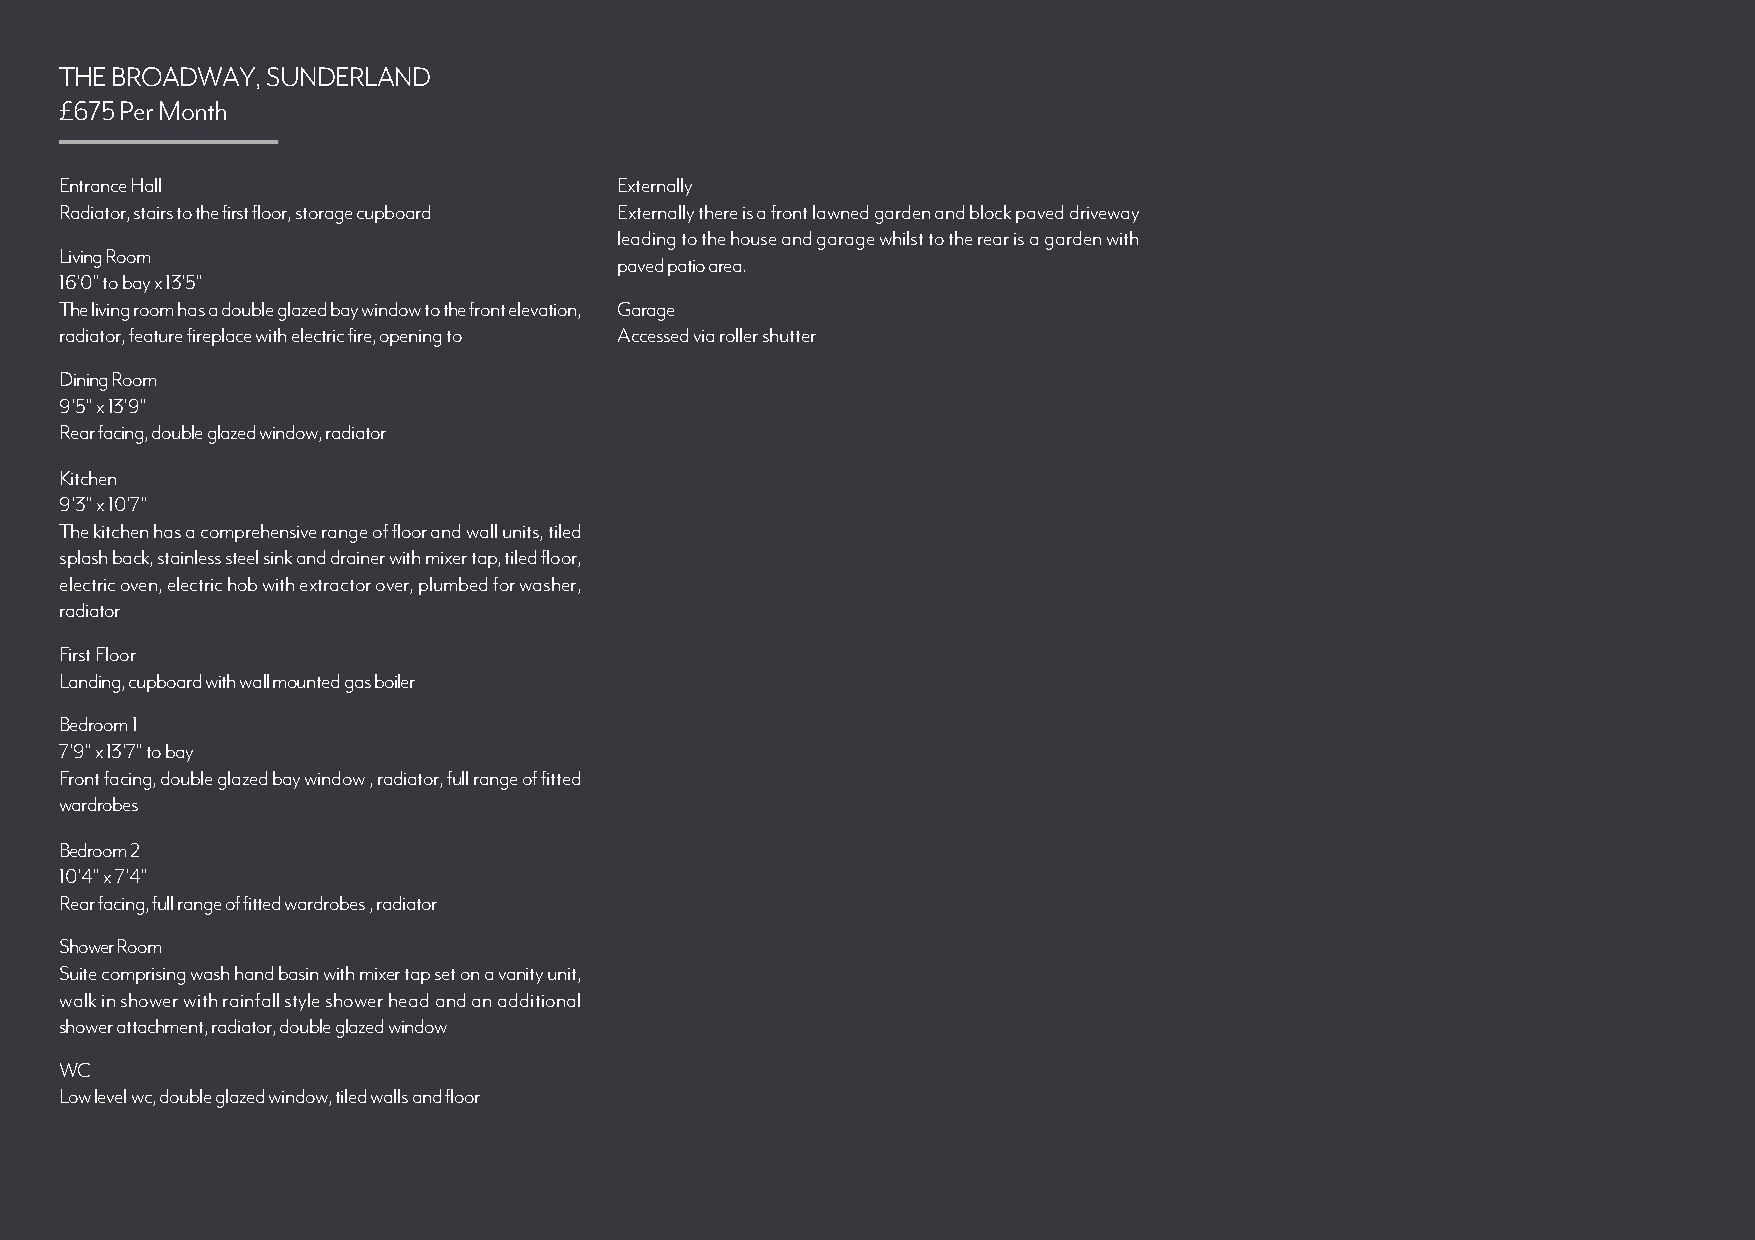
THE BROADWAY, SUNDERLAND
 £675 Per Month
 Entrance Hall                        Externally
 Radiator, stairs to the first floor, storage cupboard Externally there is a front lawned garden and block paved driveway
 leading to the house and garage whilst to the rear is a garden with
 Living Room
 paved patio area.
 16'0" to bay x 13'5"
 The living room has a double glazed bay window to the front elevation, Garage
 radiator, feature fireplace with electric fire, opening to Accessed via roller shutter
 Dining Room
 9'5" x 13'9"
 Rear facing, double glazed window, radiator
 Kitchen
 9'3" x 10'7"
 The kitchen has a comprehensive range of floor and wall units, tiled
 splash back, stainless steel sink and drainer with mixer tap, tiled floor,
 electric oven, electric hob with extractor over, plumbed for washer,
 radiator
 First Floor
 Landing, cupboard with wall mounted gas boiler
 Bedroom 1
 7'9" x 13'7" to bay
 Front facing, double glazed bay window , radiator, full range of fitted
 wardrobes
 Bedroom 2
 10'4" x 7'4"
 Rear facing, full range of fitted wardrobes , radiator
 Shower Room
 Suite comprising wash hand basin with mixer tap set on a vanity unit,
 walk in shower with rainfall style shower head and an additional
 shower attachment, radiator, double glazed window
 WC
 Low level wc, double glazed window, tiled walls and floor